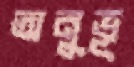
অনুভূ